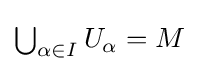
{\textstyle \bigcup _{\alpha \in I}U_{\alpha }=M}